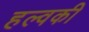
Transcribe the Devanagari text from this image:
हल्वकी